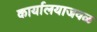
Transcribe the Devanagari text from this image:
कार्यालयाजवळ